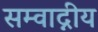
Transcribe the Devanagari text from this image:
सम्वाद्नीय